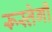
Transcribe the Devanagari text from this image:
रूस्तेगी